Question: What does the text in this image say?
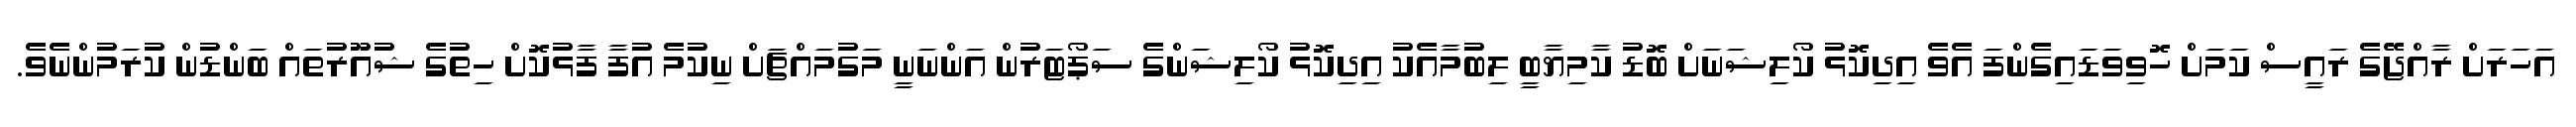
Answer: އަހަރަށް ރާއްޖޭގެ ރައީސް ކަމަށް ހޮވިވަޑައިގެންފަ އެވެ އިދިކޮޅު ކޯލިޝަނަށް ބޮޑު ކާމިޔާބީ ލިބުމާއެކު އިދިކޮޅު ކޯލިޝަންގެ ސަޕޯޓަރުން އަންނަނީ މަގުމައްޗަށް ނިކުމެ އުފާ ފާޅުކޮށް ހިތުގެ ޝުއޫރުތައް ބަންޑުން ކުރަމުންނެވެ.